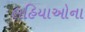
લહિયાઓના